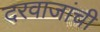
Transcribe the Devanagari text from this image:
दरवाजांची